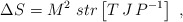
\begin{align*}\Delta S=M^2\ str\left[ T\,J\, P^{-1}\right] \ ,\end{align*}